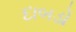
દાબડો